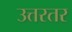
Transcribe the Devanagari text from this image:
उत्तरतर